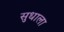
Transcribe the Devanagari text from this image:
सुधाला